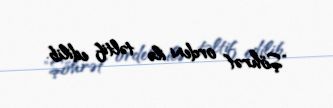
"Şöhrət" ordeni ilə təltif edilib.